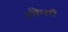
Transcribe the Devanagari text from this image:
अहियारी